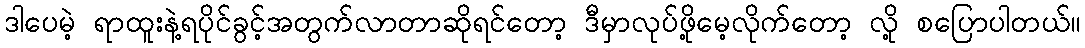
ဒါပေမဲ့ ရာထူးနဲ့ရပိုင်ခွင့်အတွက်လာတာဆိုရင်တော့ ဒီမှာလုပ်ဖို့မေ့လိုက်တော့ လို့ စပြောပါတယ်။